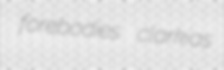
forebodies clarkias